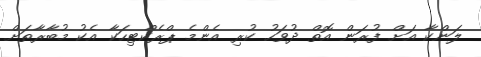
ލަންކާ އަށް ފުރަން އޮތް ދުވަހު ކުރި އެންމެ ޕްރެކްޓިހަކާ އެކު މުބާރާތަށް